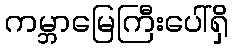
ကမ္ဘာမြေကြီးပေါ်ရှိ